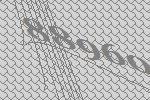
88960